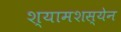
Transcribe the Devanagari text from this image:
श्यामशस्येन